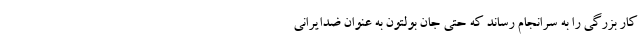
کار بزرگی را به سرانجام رساند که حتی جان بولتون به عنوان ضدایرانی